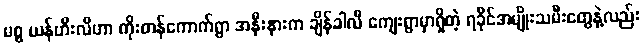
မစ္စ ယန်ဟီးလီဟာ ကိုးတန်ကောက်ရွာ အနီးနားက ချိန်ခါလီ ကျေးရွာမှာရှိတဲ့ ရခိုင်အမျိုးသမီးတွေနဲ့လည်း